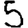
Digit: 5